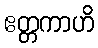
ဧတ္တကာဟိ